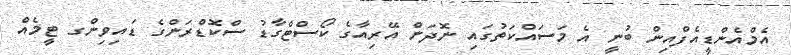
އެމްއެންޑީއެފްއިން ބުނީ އެ މަސައްކަތުގައި ނޮދަން އޭރިއާގެ ކޯސްޓްގާޑު ސްކޮޑްރަންގެ ޑައިވިންގ ޓީމެއް